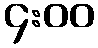
၄:၀၀